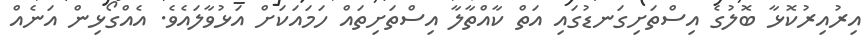
އިރުއިރުކޮޅާ ބޮލުގެ އިސްތަށިގަނޑުގައި އަތް ކާއްތާލާ އިސްތަށިތައް ހަމައަކަށް އަޅުވާލައެވެ. އެއްގޯޅިން އަނެއް